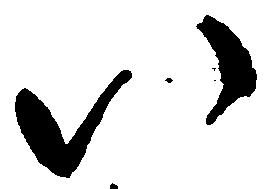
い